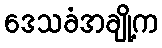
ဒေသခံအချို့က